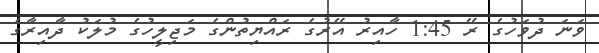
ވަނަ ދުވަހުގެ ރޭ 1:45 ހާއިރު އޭރުގެ ރައްޔިތުންގެ މަޖިލީހުގެ މުލަކު ދާއިރާގެ